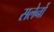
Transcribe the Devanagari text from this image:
सलेर्नो